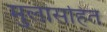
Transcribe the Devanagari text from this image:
मुलांसहित